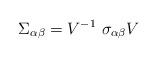
LaTeX: \begin{align*}\Sigma_{\alpha\beta} = V^{-1} ~\sigma_{\alpha\beta} V\end{align*}